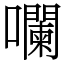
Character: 㘓